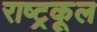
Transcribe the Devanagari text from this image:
राष्ट्रकूल